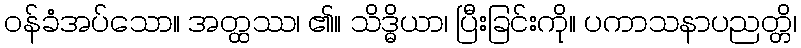
ဝန်ခံအပ်သော။ အတ္ထဿ၊ ၏။ သိဒ္ဓိယာ၊ ပြီးခြင်းကို။ ပကာသနာပညတ္တိ၊